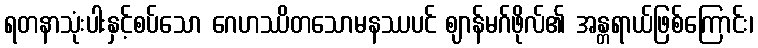
ရတနာသုံးပါးနှင့်စပ်သော ဂေဟဿိတသောမနဿပင် ဈာန်မဂ်ဖိုလ်၏ အန္တရာယ်ဖြစ်ကြောင်း၊